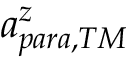
a _ { p a r a , T M } ^ { z }